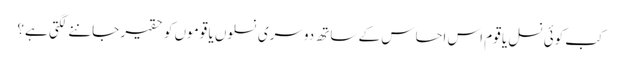
کب کوئی نسل یا قوم اس احساس کے ساتھ دوسری نسلوں یا قوموں کو حقیر جاننے لگتی ہے؟